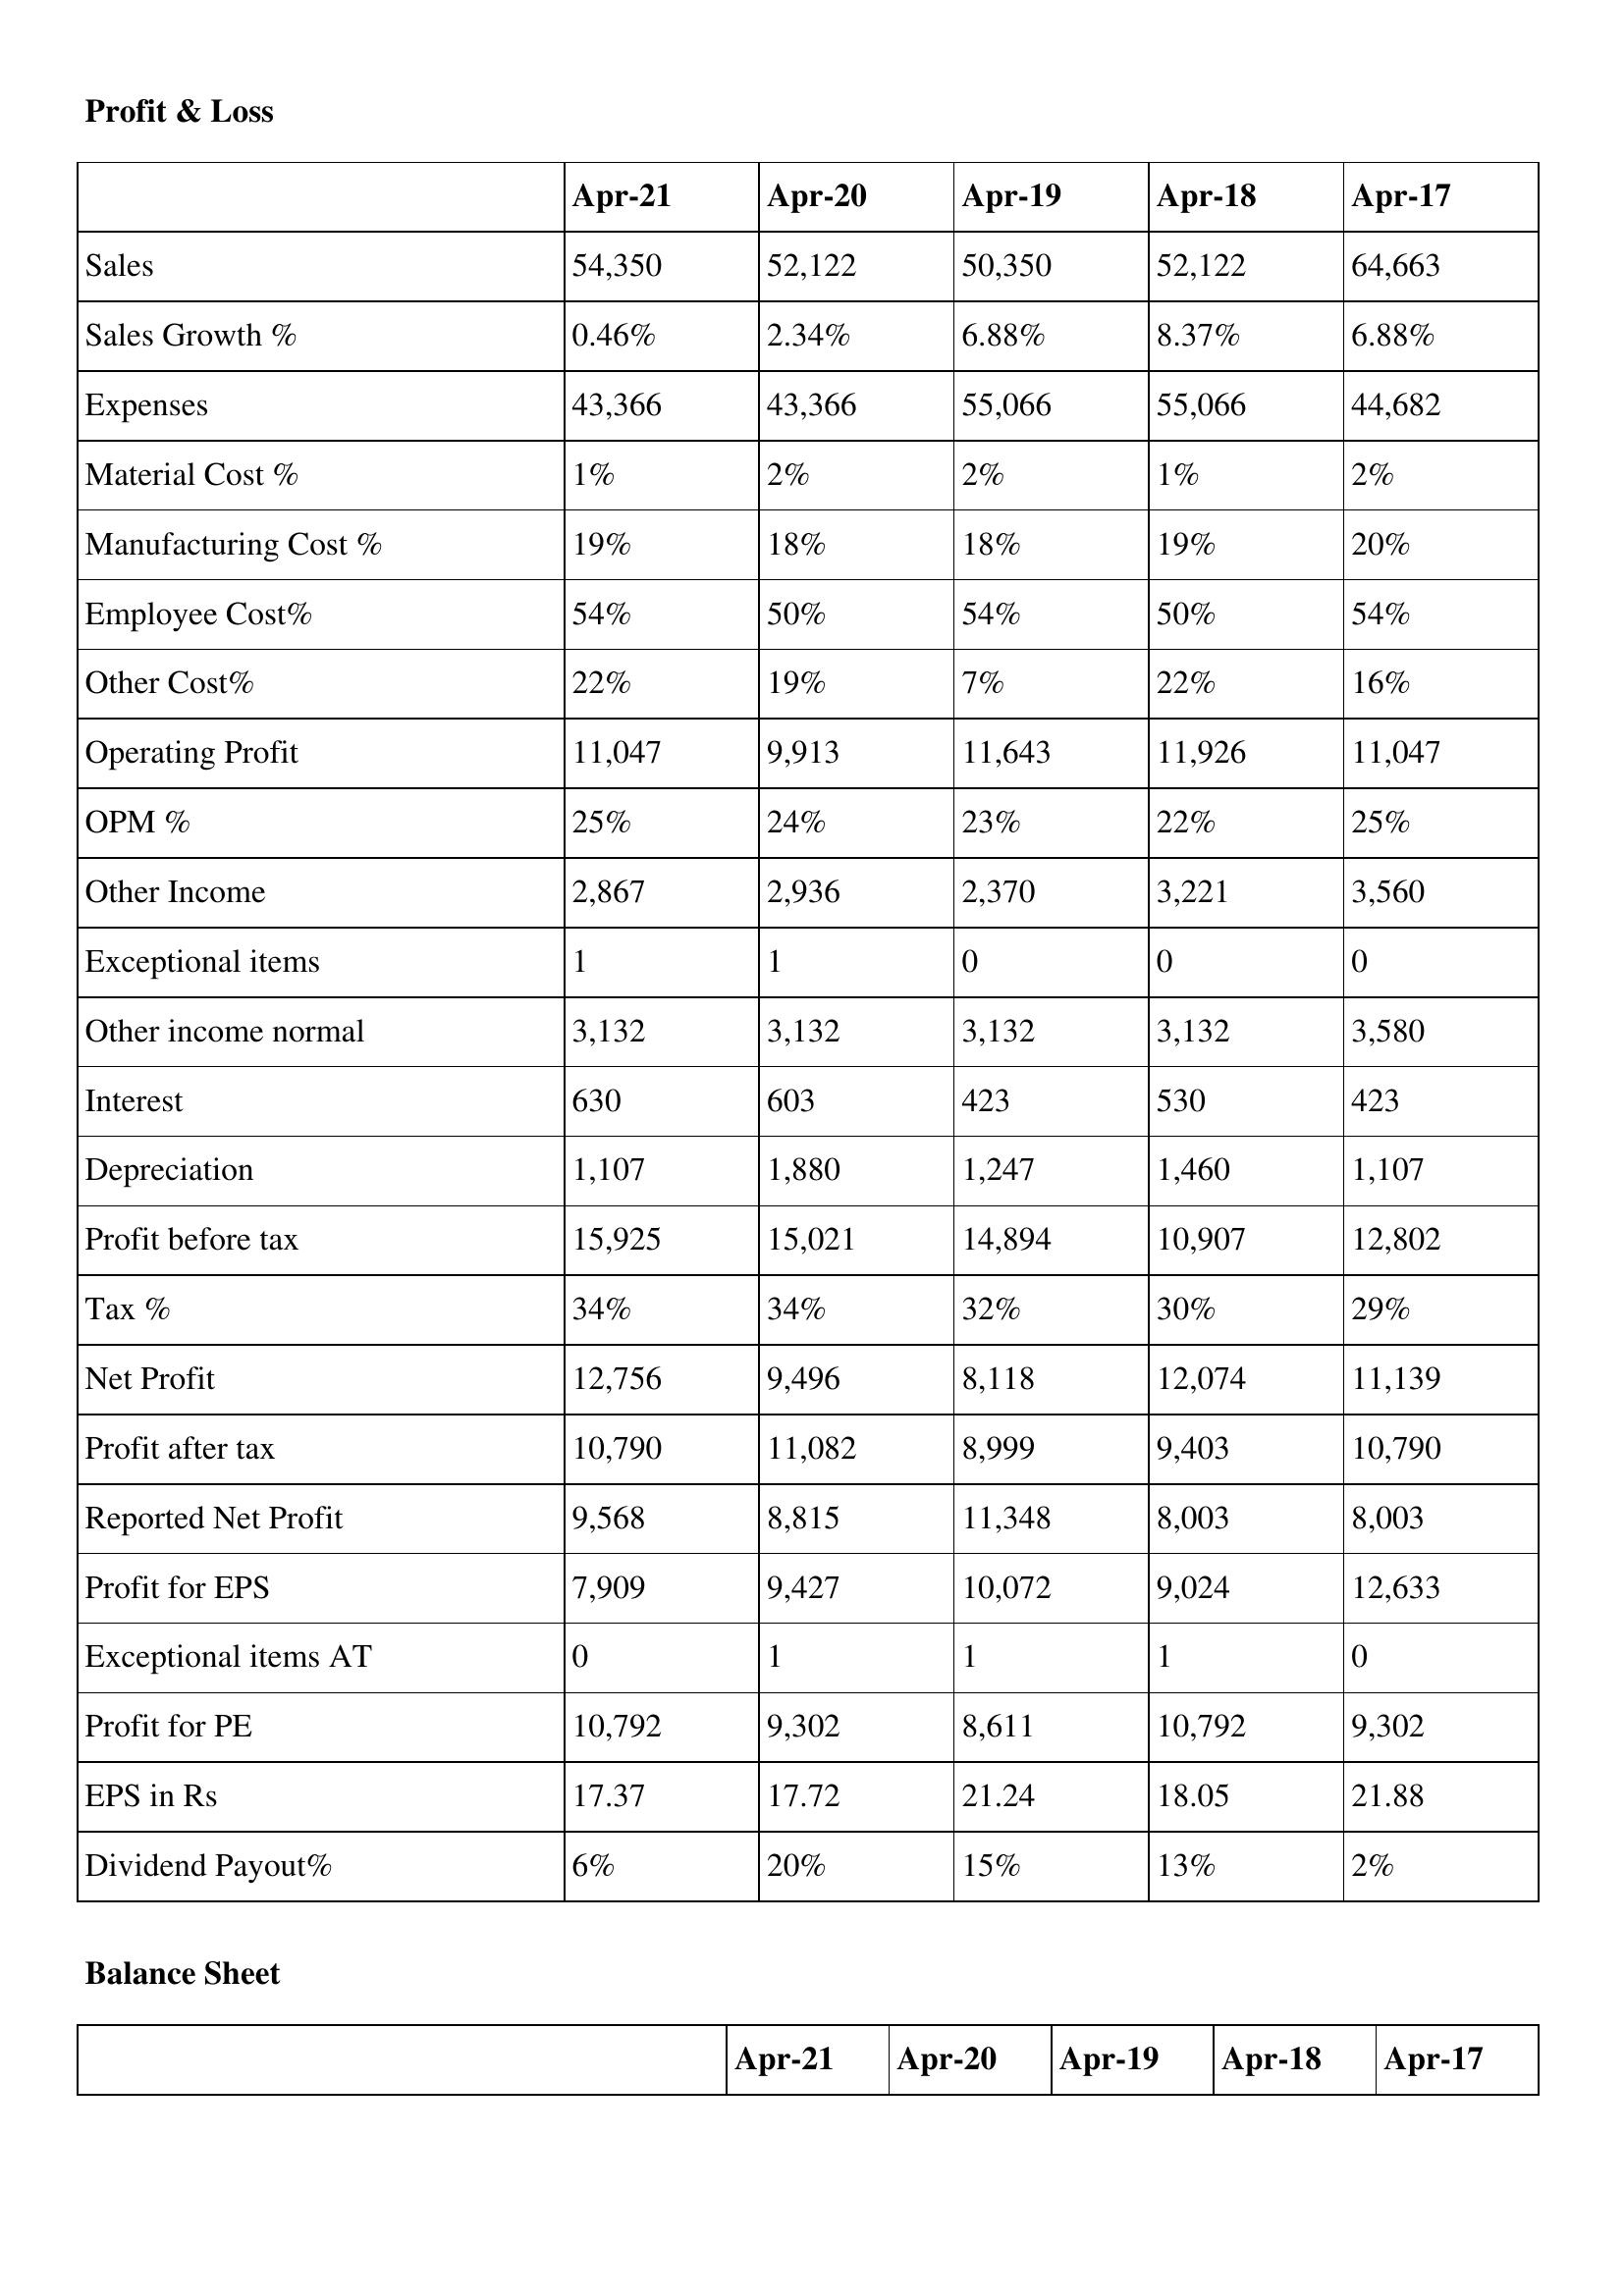
gt_parse: Apr-21: Profit & Loss: Sales: 54,350
Sales Growth %: 0.46%
Expenses: 43,366
Material Cost %: 1%
Manufacturing Cost %: 19%
Employee Cost%: 54%
Other Cost%: 22%
Operating Profit: 11,047
OPM %: 25%
Other Income: 2,867
Exceptional items: 1
Other income normal: 3,132
Interest: 630
Depreciation: 1,107
Profit before tax: 15,925
Tax %: 34%
Net Profit: 12,756
Profit after tax: 10,790
Reported Net Profit: 9,568
Profit for EPS: 7,909
Exceptional items AT: 0
Profit for PE: 10,792
EPS in Rs: 17.37
Dividend Payout%: 6%
Apr-20: Profit & Loss: Sales: 52,122
Sales Growth %: 2.34%
Expenses: 43,366
Material Cost %: 2%
Manufacturing Cost %: 18%
Employee Cost%: 50%
Other Cost%: 19%
Operating Profit: 9,913
OPM %: 24%
Other Income: 2,936
Exceptional items: 1
Other income normal: 3,132
Interest: 603
Depreciation: 1,880
Profit before tax: 15,021
Tax %: 34%
Net Profit: 9,496
Profit after tax: 11,082
Reported Net Profit: 8,815
Profit for EPS: 9,427
Exceptional items AT: 1
Profit for PE: 9,302
EPS in Rs: 17.72
Dividend Payout%: 20%
Apr-19: Profit & Loss: Sales: 50,350
Sales Growth %: 6.88%
Expenses: 55,066
Material Cost %: 2%
Manufacturing Cost %: 18%
Employee Cost%: 54%
Other Cost%: 7%
Operating Profit: 11,643
OPM %: 23%
Other Income: 2,370
Exceptional items: 0
Other income normal: 3,132
Interest: 423
Depreciation: 1,247
Profit before tax: 14,894
Tax %: 32%
Net Profit: 8,118
Profit after tax: 8,999
Reported Net Profit: 11,348
Profit for EPS: 10,072
Exceptional items AT: 1
Profit for PE: 8,611
EPS in Rs: 21.24
Dividend Payout%: 15%
Apr-18: Profit & Loss: Sales: 52,122
Sales Growth %: 8.37%
Expenses: 55,066
Material Cost %: 1%
Manufacturing Cost %: 19%
Employee Cost%: 50%
Other Cost%: 22%
Operating Profit: 11,926
OPM %: 22%
Other Income: 3,221
Exceptional items: 0
Other income normal: 3,132
Interest: 530
Depreciation: 1,460
Profit before tax: 10,907
Tax %: 30%
Net Profit: 12,074
Profit after tax: 9,403
Reported Net Profit: 8,003
Profit for EPS: 9,024
Exceptional items AT: 1
Profit for PE: 10,792
EPS in Rs: 18.05
Dividend Payout%: 13%
Apr-17: Profit & Loss: Sales: 64,663
Sales Growth %: 6.88%
Expenses: 44,682
Material Cost %: 2%
Manufacturing Cost %: 20%
Employee Cost%: 54%
Other Cost%: 16%
Operating Profit: 11,047
OPM %: 25%
Other Income: 3,560
Exceptional items: 0
Other income normal: 3,580
Interest: 423
Depreciation: 1,107
Profit before tax: 12,802
Tax %: 29%
Net Profit: 11,139
Profit after tax: 10,790
Reported Net Profit: 8,003
Profit for EPS: 12,633
Exceptional items AT: 0
Profit for PE: 9,302
EPS in Rs: 21.88
Dividend Payout%: 2%